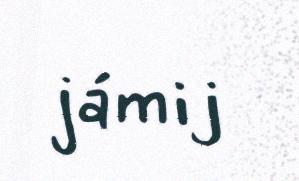
jámij